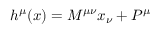
h ^ { \mu } ( x ) = M ^ { \mu \nu } x _ { \nu } + P ^ { \mu }